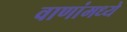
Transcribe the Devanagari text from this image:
वाणांमध्ये